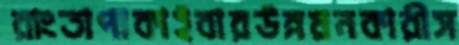
রাংতাপাকাইবারউন্নয়নকারীস